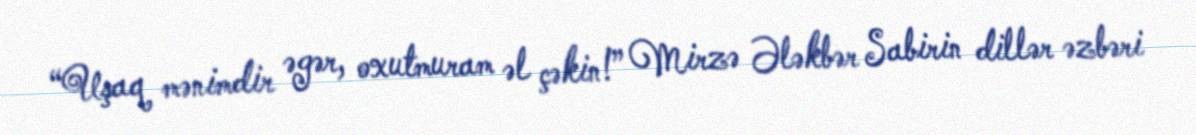
“Uşaq mənimdir əgər, oxutmuram əl çəkin!” Mirzə Ələkbər Sabirin dillər əzbəri